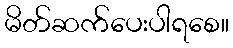
မိတ်ဆက်ပေးပါရစေ။